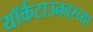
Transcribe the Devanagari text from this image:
यॉर्कटाउनवरच्या